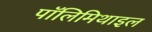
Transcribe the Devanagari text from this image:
पॉलिमिथाइल